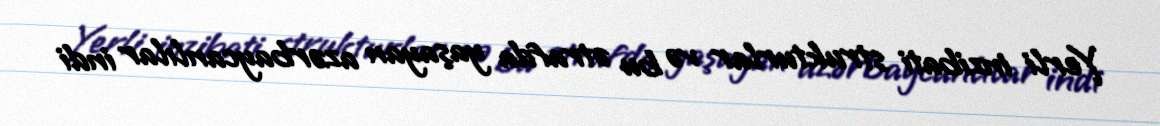
Yerli inzibati strukturlar və bu ətrafda yaşayan azərbaycanlılar indi